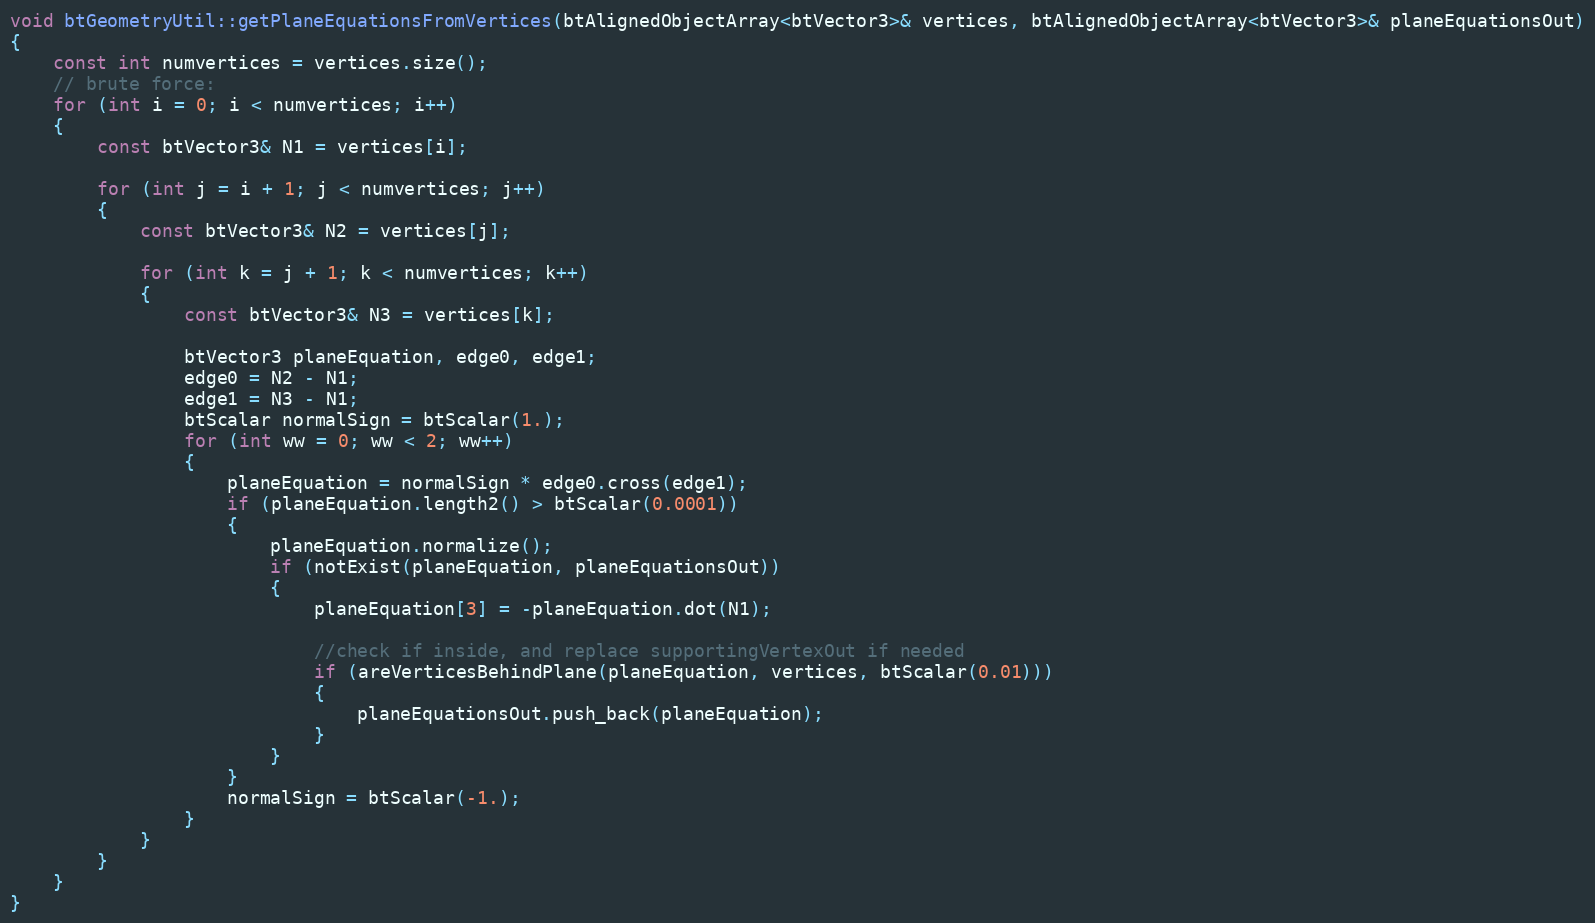
Language: C++
void btGeometryUtil::getPlaneEquationsFromVertices(btAlignedObjectArray<btVector3>& vertices, btAlignedObjectArray<btVector3>& planeEquationsOut)
{
	const int numvertices = vertices.size();
	// brute force:
	for (int i = 0; i < numvertices; i++)
	{
		const btVector3& N1 = vertices[i];

		for (int j = i + 1; j < numvertices; j++)
		{
			const btVector3& N2 = vertices[j];

			for (int k = j + 1; k < numvertices; k++)
			{
				const btVector3& N3 = vertices[k];

				btVector3 planeEquation, edge0, edge1;
				edge0 = N2 - N1;
				edge1 = N3 - N1;
				btScalar normalSign = btScalar(1.);
				for (int ww = 0; ww < 2; ww++)
				{
					planeEquation = normalSign * edge0.cross(edge1);
					if (planeEquation.length2() > btScalar(0.0001))
					{
						planeEquation.normalize();
						if (notExist(planeEquation, planeEquationsOut))
						{
							planeEquation[3] = -planeEquation.dot(N1);

							//check if inside, and replace supportingVertexOut if needed
							if (areVerticesBehindPlane(planeEquation, vertices, btScalar(0.01)))
							{
								planeEquationsOut.push_back(planeEquation);
							}
						}
					}
					normalSign = btScalar(-1.);
				}
			}
		}
	}
}